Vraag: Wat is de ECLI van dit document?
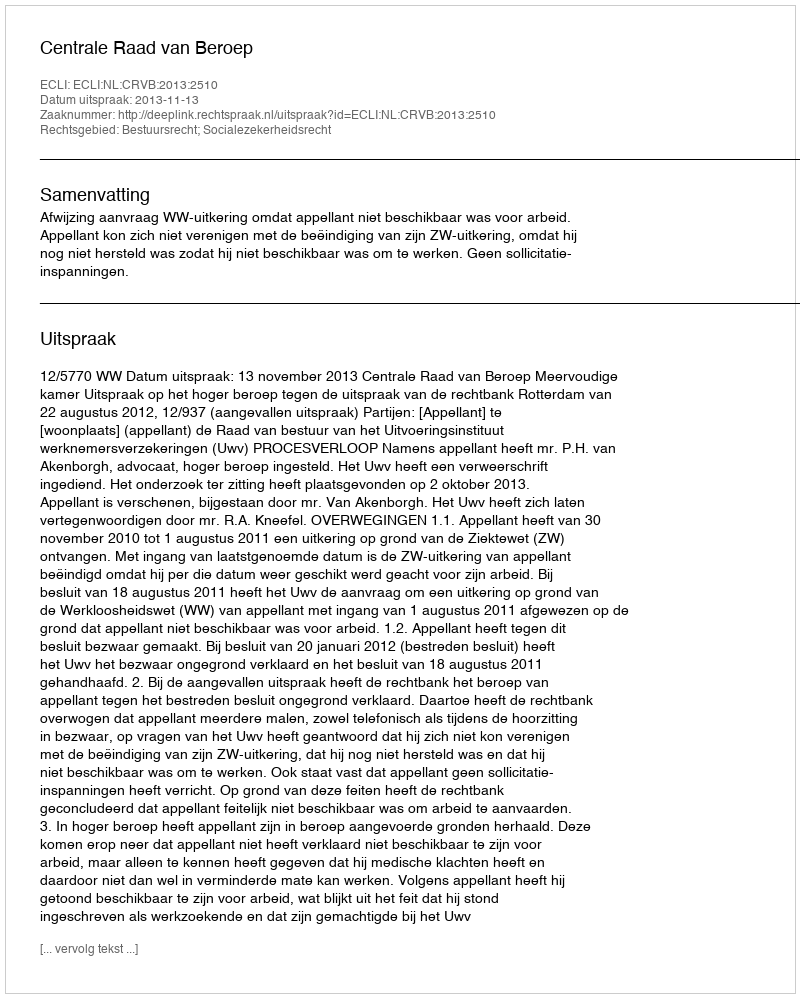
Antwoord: ECLI:NL:CRVB:2013:2510